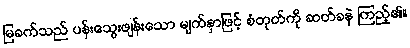
မြခက်သည် ပန်းသွေးဖျန်းသော မျက်နှာဖြင့် စံတုတ်ကို ဆတ်ခနဲ ကြည့်၏။